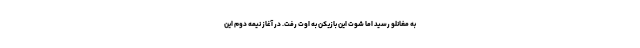
به مغانلو رسید اما شوت این بازیکن به اوت رفت. در آغاز نیمه دوم این